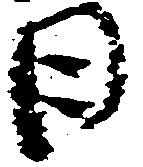
日